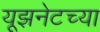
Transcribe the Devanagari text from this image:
यूझनेटच्या